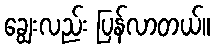
ချွေးလည်း ပြန်လာတယ်။